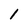
Character: 1